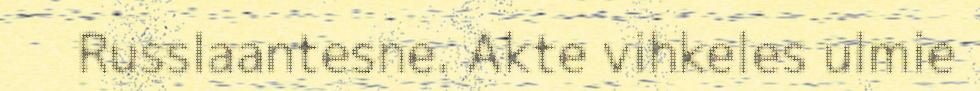
Russlaantesne. Akte vihkeles ulmie